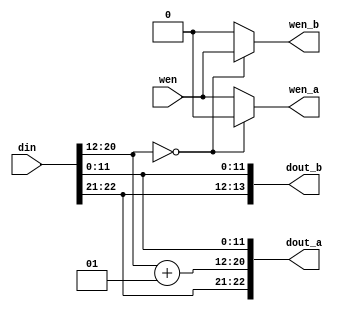
`timescale 1ns / 1ps

//////////////////////////////////////////////////////////////////////////////////
// PathDecoder2Way.v
//
// The combinational logic or the forward north / forward south modules.
//
// For forward north:
//  - ADD should be set to -1
//  - dout_a goes to north out
//  - dout_b goes to local
//
// For forward south:
//  - ADD should be set to 1
//  - dout_a goes to south out
//  - dout_b goes to local
//////////////////////////////////////////////////////////////////////////////////


module PathDecoder2Way#(
    parameter DATA_WIDTH = 23,
    parameter DY_MSB = 20,
    parameter DY_LSB = 12,
    parameter ADD = 1
)(
    input [DATA_WIDTH-1:0] din,
    input wen,
    output [DATA_WIDTH-1:0] dout_a,
    output wen_a,
    output [DATA_WIDTH-1-(DY_MSB-(DY_LSB-1)):0] dout_b,
    output wen_b
);

    wire signed [DY_MSB:DY_LSB] dy;
    assign dy = din[DY_MSB:DY_LSB];
    
    wire [DY_MSB:DY_LSB] dy_plus_add;
    assign dy_plus_add = dy + ADD;

    generate
        if (DATA_WIDTH-1 == DY_MSB) begin
            assign dout_a = {dy_plus_add, din[DY_LSB-1:0]};
            assign dout_b = din[DY_LSB-1:0];
        end
        else begin
            assign dout_a = {din[DATA_WIDTH-1:DY_MSB+1], dy_plus_add, din[DY_LSB-1:0]};
            assign dout_b = {din[DATA_WIDTH-1:DY_MSB+1], din[DY_LSB-1:0]};
        end
    endgenerate
    
    assign wen_a = dy == 0 ? 0 : wen;
    assign wen_b = dy == 0 ? wen : 0;

endmodule